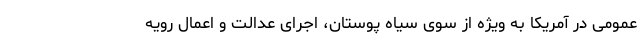
عمومی در آمریکا به ویژه از سوی سیاه پوستان، اجرای عدالت و اعمال رویه